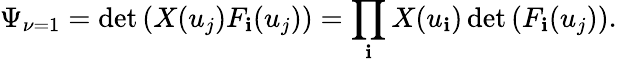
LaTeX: \Psi_{\nu=1}=\operatorname*{det}\left(X(u_{j})F_{\mathbf{i}}(u_{j})\right)=\prod_{\mathbf{i}}X(u_{\mathbf{i}})\operatorname*{det}\left(F_{\mathbf{i}}(u_{j})\right).